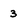
Character: 3